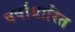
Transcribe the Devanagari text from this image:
वर्षाधारित